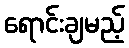
ရောင်းချမည့်